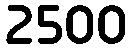
2500